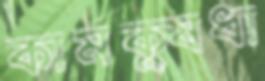
কামক্ষুধা